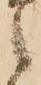
之